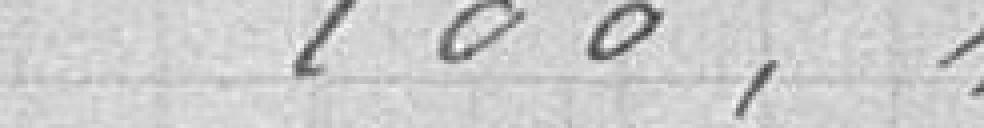
100,90